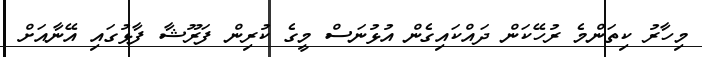
މިހާރު ކިތަންމެ ރުހޭކަން ދައްކައިގެން އުޅުނަސް މީގެ ކުރިން ފަރޫޝާ ފާޅުގައި އޭނާއަށް